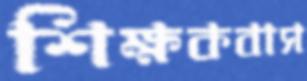
শিক্ষকবাস